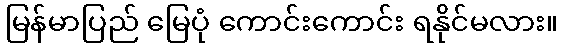
မြန်မာပြည် မြေပုံ ကောင်းကောင်း ရနိုင်မလား။